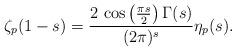
LaTeX: \begin{align*}\zeta_{p}(1-s)=\frac{2\,\cos\left(\frac{\pi s}{2}\right)\Gamma(s)}{(2\pi)^{s}}\eta_{p}(s).\end{align*}